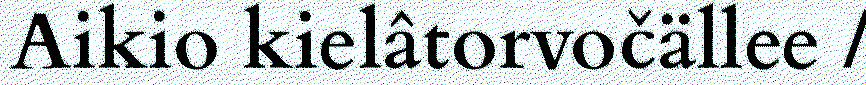
Aikio kielâtorvočällee /